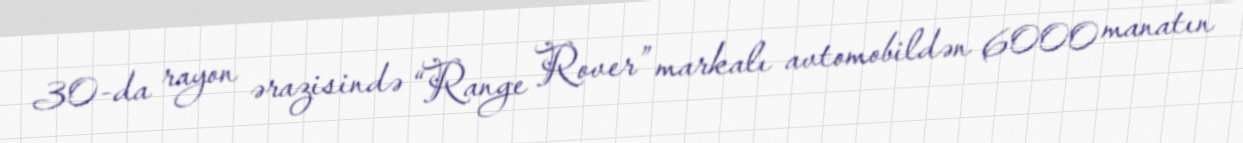
30-da rayon ərazisində “Range Rover” markalı avtomobildən 6000 manatın